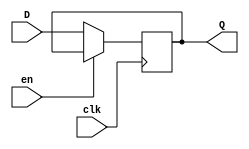
`timescale 1ns / 1ps
//////////////////////////////////////////////////////////////////////////////////
// Company: 
// 
// Design Name: 
// Module Name:    Register 
// Project Name: 
// Target Devices: 
// Tool versions: 
// Description: 
//
// Dependencies: 
//
// Revision: 
// Revision 0.01 - File Created
// Additional Comments: 
//
//////////////////////////////////////////////////////////////////////////////////
module Register(
				input wire clk,	
				input wire en,
				input wire [31:0]D,
				output reg [31:0]Q
		 );


	//always@(posedge clk or negedge reset) begin

	always@(posedge clk or posedge en) 
	begin	
		if (en == 1'b1)
			Q <= Q;
		else
			Q <= D; 
	end

endmodule